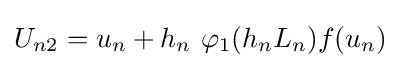
U_{n2}=u_{n}+h_{n}\ \varphi _{1}(h_{n}L_{n})f(u_{n})